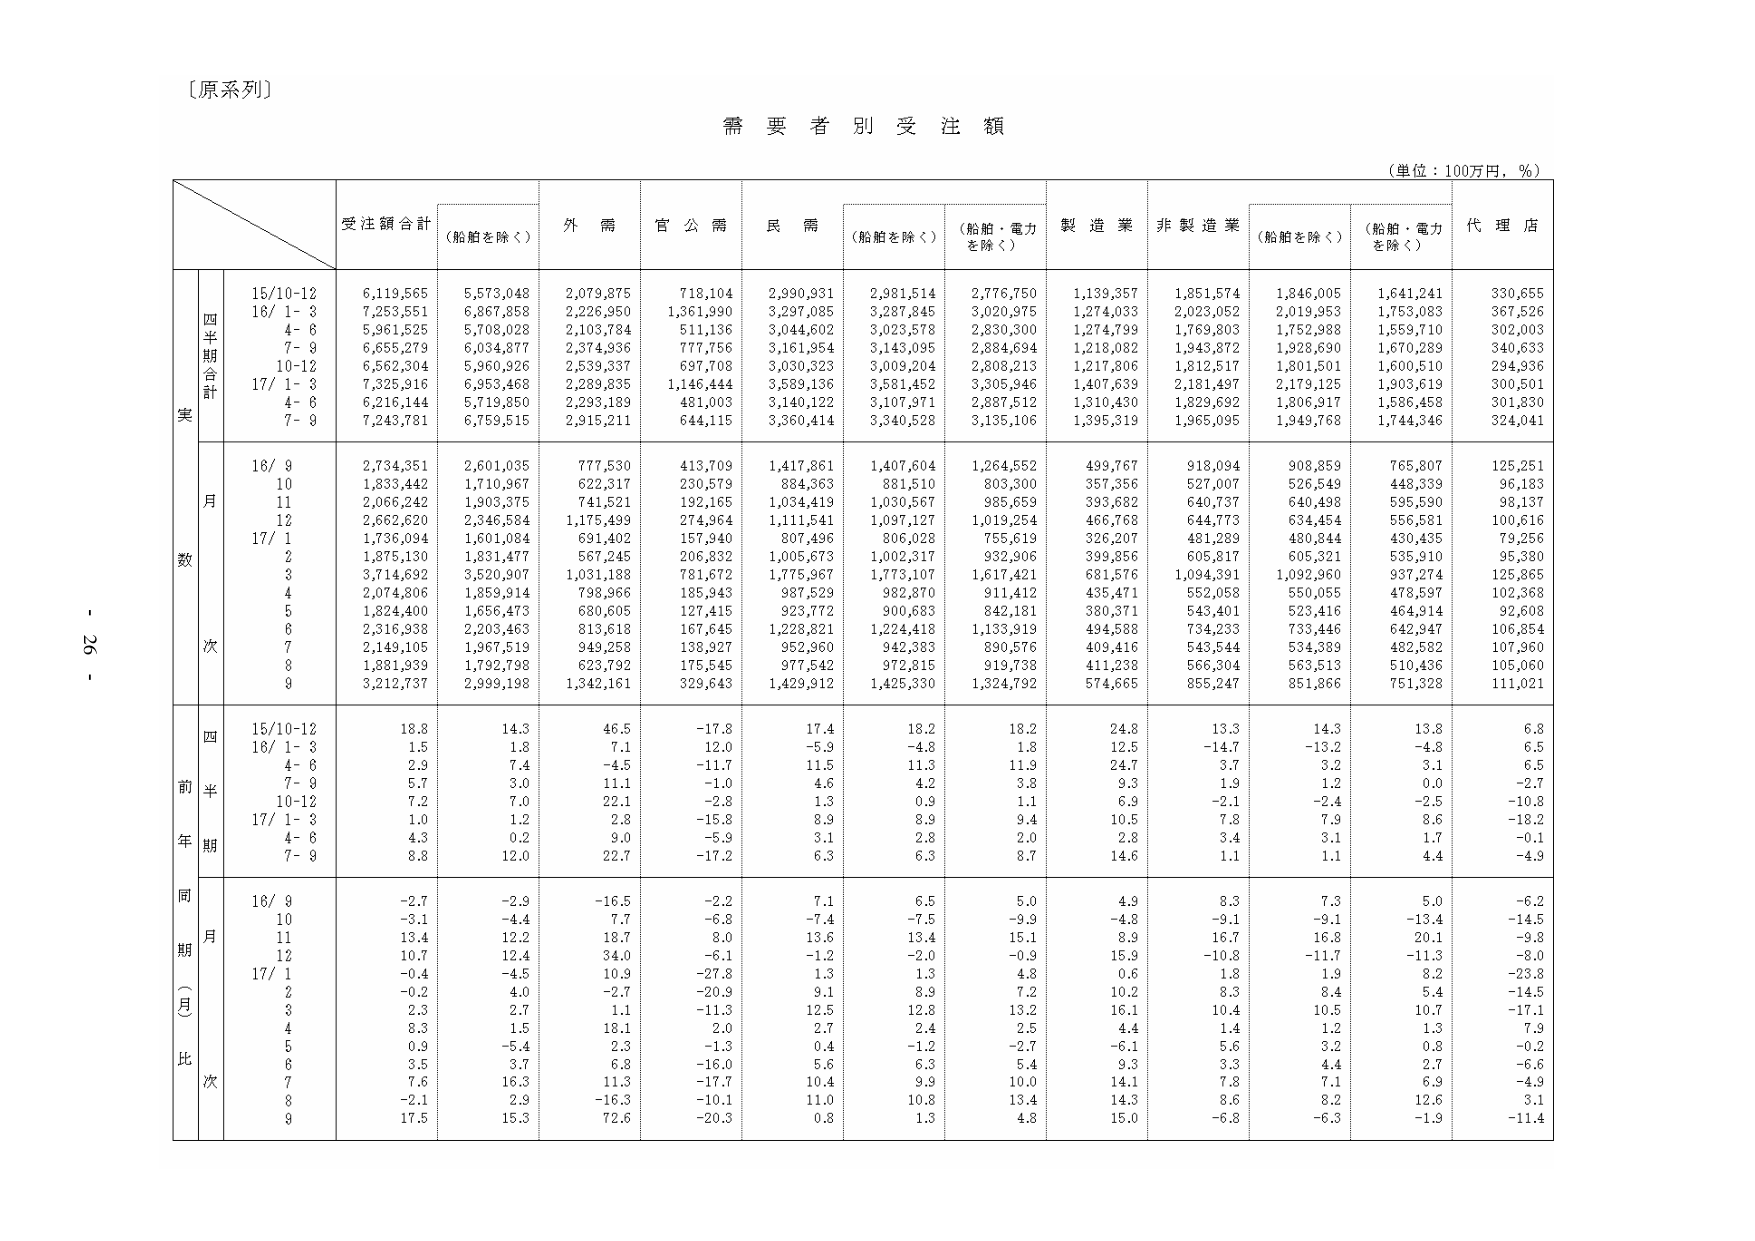
〔原系列〕

需要者別受注額

（単位：100万円，％）

受注額合計　（船舶を除く）　外需　官公需　民需　（船舶を除く）　（船舶・電力を除く）　製造業　非製造業　（船舶を除く）　（船舶・電力を除く）　代理店

四半期合計
実
15/10-12　6,119,565　5,573,048　2,079,875　718,104　2,990,931　2,981,514　2,776,750　1,139,357　1,851,574　1,846,005　1,641,241　330,655
16/ 1- 3　7,253,551　6,867,858　2,226,950　1,361,990　3,297,085　3,287,845　3,020,975　1,274,033　2,023,052　2,019,953　1,753,083　367,526
　4- 6　5,961,525　5,708,028　2,103,784　511,136　3,044,602　3,023,578　2,830,300　1,274,799　1,769,803　1,752,988　1,559,710　302,003
　7- 9　6,655,279　6,034,877　2,374,936　777,756　3,161,954　3,143,095　2,884,694　1,218,082　1,943,872　1,928,690　1,670,289　340,633
10-12　6,562,304　5,960,926　2,539,337　697,708　3,030,323　3,009,204　2,808,213　1,217,806　1,812,517　1,801,501　1,600,510　294,936
17/ 1- 3　7,325,916　6,953,468　2,289,835　1,146,444　3,589,136　3,561,452　3,305,946　1,407,639　2,181,497　2,173,125　1,903,619　300,501
　4- 6　6,216,144　5,719,850　2,293,189　481,003　3,140,122　3,107,971　2,887,512　1,310,430　1,829,692　1,806,917　1,586,458　301,830
　7- 9　7,243,781　6,759,515　2,915,211　644,115　3,360,414　3,340,528　3,135,106　1,395,319　1,965,095　1,949,768　1,744,346　324,041

月数
16/ 9　2,734,351　2,601,035　777,530　413,709　1,417,861　1,407,604　1,264,552　499,767　918,094　908,859　765,807　125,251
　10　1,833,442　1,710,967　622,317　230,579　884,363　881,510　803,300　357,356　527,007　526,549　448,339　96,183
　11　2,066,242　1,903,375　741,521　192,165　1,034,419　1,030,567　985,659　393,682　640,737　640,498　595,590　98,137
　12　2,662,620　2,346,584　1,175,499　274,964　1,111,541　1,097,127　1,019,254　466,768　644,773　634,454　556,581　100,616
17/ 1　1,736,094　1,601,084　691,402　157,940　807,496　806,028　755,619　326,207　481,289　480,844　430,435　79,256
　2　1,875,130　1,831,477　567,245　206,832　1,005,673　1,002,317　932,906　399,856　605,817　605,321　535,910　95,380
　3　3,714,692　3,520,907　1,031,188　781,672　1,775,967　1,773,107　1,617,421　681,576　1,094,391　1,092,960　937,274　125,865
　4　2,074,806　1,859,914　798,966　185,943　987,529　982,870　911,412　435,471　552,058　550,055　478,597　102,368
　5　1,824,400　1,656,473　680,605　127,415　923,772　900,683　842,181　380,371　543,401　523,416　464,914　92,608
　6　2,316,938　2,203,463　813,618　167,645　1,228,821　1,224,418　1,133,919　494,588　734,233　733,446　642,947　106,854
　7　2,149,105　1,967,519　949,258　138,927　952,960　942,383　890,576　409,416　543,544　534,389　482,582　107,960
　8　1,881,939　1,792,798　623,792　175,545　977,542　972,815　919,738　411,238　566,304　563,513　510,436　105,060
　9　3,212,737　2,999,198　1,342,161　329,643　1,429,912　1,425,330　1,324,792　574,665　855,247　851,866　751,328　111,021

四半期
前年同期比
15/10-12　18.8　14.3　46.5　-17.8　17.4　18.2　18.2　24.8　13.3　14.3　13.8　6.8
16/ 1- 3　1.5　1.8　7.1　12.0　-5.9　-4.8　1.8　12.5　-14.7　-13.2　-4.8　6.5
　4- 6　2.9　7.4　-4.5　-11.7　11.5　11.3　11.9　24.7　3.7　3.2　3.1　6.5
　7- 9　5.7　3.0　11.1　-1.0　4.6　4.2　3.8　9.3　1.9　1.2　0.0　-2.7
10-12　7.2　7.0　22.1　-2.8　1.3　0.9　1.1　6.9　-2.1　-2.4　-2.5　-10.8
17/ 1- 3　1.0　1.2　2.8　-15.8　8.9　8.9　9.4　10.5　7.8　7.9　8.6　-18.2
　4- 6　4.3　0.2　9.0　-5.9　3.1　2.8　2.0　2.8　3.4　3.1　1.7　-0.1
　7- 9　8.8　12.0　22.7　-17.2　6.3　6.3　8.7　14.6　1.1　1.1　4.4　-4.9

同期（月）比
16/ 9　-2.7　-2.9　-16.5　-2.2　7.1　6.5　5.0　4.9　8.3　7.3　5.0　-6.2
　10　-3.1　-4.4　7.7　-6.8　-7.4　-7.5　-9.9　-4.8　-9.1　-9.1　-13.4　-14.5
　11　13.4　12.2　18.7　8.0　13.6　13.4　15.1　8.9　16.7　16.8　20.1　-9.8
　12　10.7　12.4　34.0　-6.1　-1.2　-2.0　-0.9　15.9　-10.8　-11.7　-11.3　-8.0
17/ 1　-0.4　-4.5　10.9　-27.8　1.3　1.3　4.8　0.6　1.8　1.9　8.2　-23.8
　2　-0.2　4.0　-2.7　-20.9　9.1　8.9　7.2　10.2　8.3　8.4　5.4　-14.5
　3　2.3　2.7　1.1　-11.3　12.5　12.8　13.2　16.1　10.4　10.5　10.7　-17.1
　4　8.3　1.5　18.1　2.0　2.7　2.4　2.5　4.4　1.4　1.2　1.3　7.9
　5　0.9　-5.4　2.3　-1.3　0.4　-1.2　-2.7　-6.1　5.6　3.2　0.8　-0.2
　6　3.5　3.7　6.8　-16.0　5.6　6.3　5.4　9.3　3.3　4.4　2.7　-6.6
　7　7.6　16.3　11.3　-17.7　10.4　9.9　10.0　14.1　7.8　7.1　6.9　-4.9
　8　-2.1　2.9　-16.3　-10.1　11.0　10.8　13.4　14.3　8.6　8.2　12.6　3.1
　9　17.5　15.3　72.6　-20.3　0.8　1.3　4.8　15.0　-6.8　-6.3　-1.9　-11.4

- 26 -